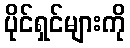
ပိုင်ရှင်များကို